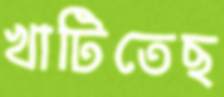
খাটিতেছ